Report on vaccination in Madras 1922-1929 - 1922-1929
Year: 1922
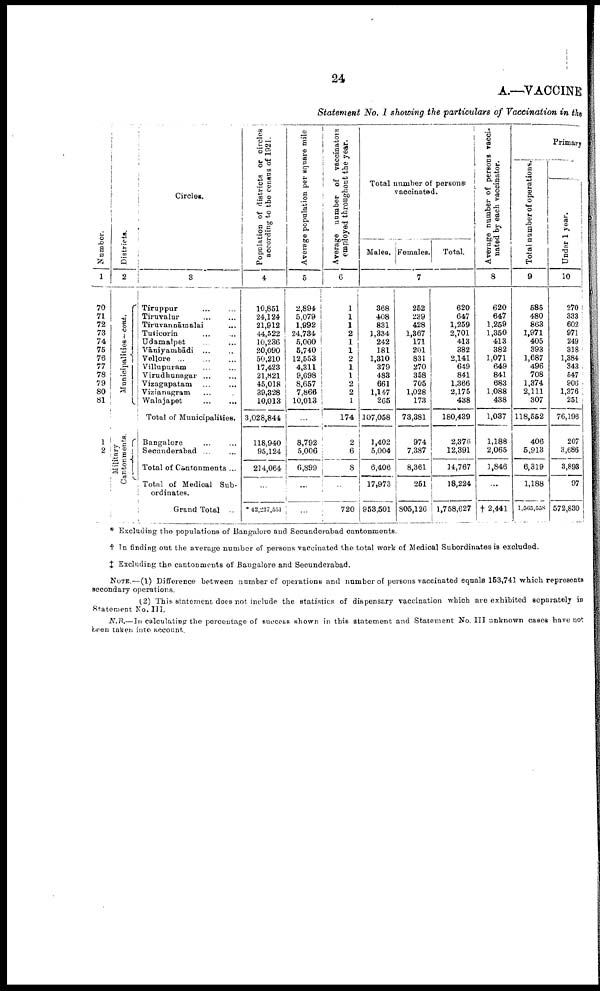
24
A.—VACCINE
Statement No. I showing the particulars of Vaccination in the
Number.
1
70
71
72
73
74
75
76
77
78
79
80
81
1
2
Districts.
2
Municipalities — cont.
Military
Cantonments.
Circles.
3
Tiruppur
...
...
Tiruvalur
...
...
Tiruvannāmalai ...
Tuticorin ... ...
Udamalpet ... ...
Vāniyambādi
... ...
Vellore ... ... ...
Villupuram ... ...
Virudhunagar ... ...
Vizagapatam
...
...
Vizianagram ... ...
Walajapet ... ...
Total of Municipalities.
Bangalore ... ...
Secunderabad ... ...
Total of Cantonments ...
Total of Medical Sub-
ordinates.
Grand Total
Population of districts or circles
according to the census of 1921.
4
10,851
24,124
21,912
44,522
10,236
20,090
50,210
17,423
21,821
45,018
39,328
10,013
3,028,844
118,940
95,124
214,064
...
* 42,227,551
Average population per square mile
5
2,894
5,079
1,992
24,734
5,000
5,740
12,553
4,311
9,698
8,657
7,866
10,013
...
8,792
5,006
6,899
...
...
Average number of vaccinators
employed throughout the year.
6
1
1
1
2
1
1
2
1
1
2
2
1
174
2
6
8
...
720
Total number of persons
vaccinated.
Males. Females.
Total.
7
368
408
831
1,334
242
181
1,310
379
483
661
1,147
265
107,058
1,402
5,004
6,406
17,973
953,501
252
239
428
1,367
171
201
831
270
358
705
1,028
173
73,381
974
7,387
8,361
251
805,126
620
647
1,259
2,701
413
382
2,141
619
841
1,366
2,175
438
180,439
2,376
12,391
14,767
18,224
1,758,627
Average number of persons vacci
nated by each vaccinator.
8
620
647
1,259
1,350
413
382
1,071
649
841
683
1,088
438
1,037
1,188
2,065
1,846
...
† 2,441
Primary
Total number of operations.
9
585
480
863
1,971
405
393
1,687
496
708
1,374
2,111
307
118,552
406
5,913
6,319
1,188
1,565,538
Under 1 year.
10
270
333
602
971
249
318
1,384
343
547
906
1,376
251
76,196
207
3,686
3,893
97
572,830
* Excluding the populations of Bangalore and Secunderabad cantonments.
† In finding out the average number of persons vaccinated the total work of Medical Subordinates is excluded.
‡ Excluding the cantonments of Bangalore and Secunderabad.
NOTE.—(1) Difference between number of operations and number of persons vaccinated equals 153,741 which represents
secondary operations.
(2) This statement does not include the statistics of dispensary vaccination which are exhibited separately in
Statement No. III.
N.B.—In calculating the percentage of success shown in this statement and Statement No. III unknown cases have not
been taken into account.